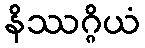
နိဿဂ္ဂိယံ